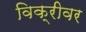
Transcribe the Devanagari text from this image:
विक्रीवर